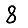
Digit: 8